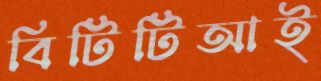
বিটিটিআই